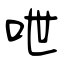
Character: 呭